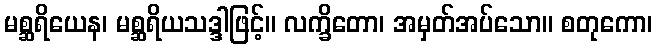
မစ္ဆရိယေန၊ မစ္ဆရိယသဒ္ဒါဖြင့်။ လက္ခိတော၊ အမှတ်အပ်သော။ စတုကော၊